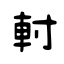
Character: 軵